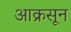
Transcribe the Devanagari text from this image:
आक्रसून